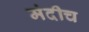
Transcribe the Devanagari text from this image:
मंदीच